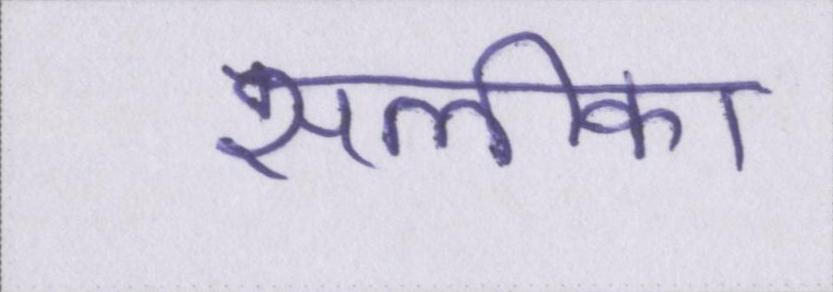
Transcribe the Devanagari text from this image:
सलीका